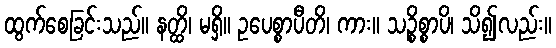
ထွက်စေခြင်းသည်။ နတ္ထိ၊ မရှိ။ ဥပေစ္စာပီတိ၊ ကား။ သဉ္စိစ္စာပိ၊ သိ၍လည်း။